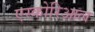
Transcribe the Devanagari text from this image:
एस्कोरिआल